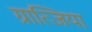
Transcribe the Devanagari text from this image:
ग्रात्जिया